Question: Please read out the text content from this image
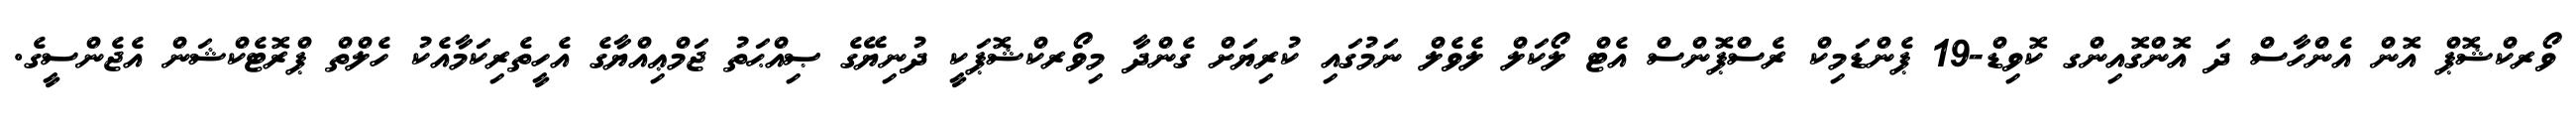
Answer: ވޯރކްޝޮޕް އޮން އެންހާސް ދަ އޮންގޮއިންގ ކޮވިޑް-19 ޕެންޑަމިކް ރެސްޕޮންސް އެޓް ލޯކަލް ލެވެލް ނަމުގައި ކުރިޔަށް ގެންދާ މިވޯރކްޝޮޕަކީ ދުނިޔޭގެ ޞިއްޙަތު ޖަމްޢިއްޔާގެ އެހީތެރިކަމާއެކު ހެލްތް ޕްރޮޓެކްޝަން އެޖެންސީގެ.